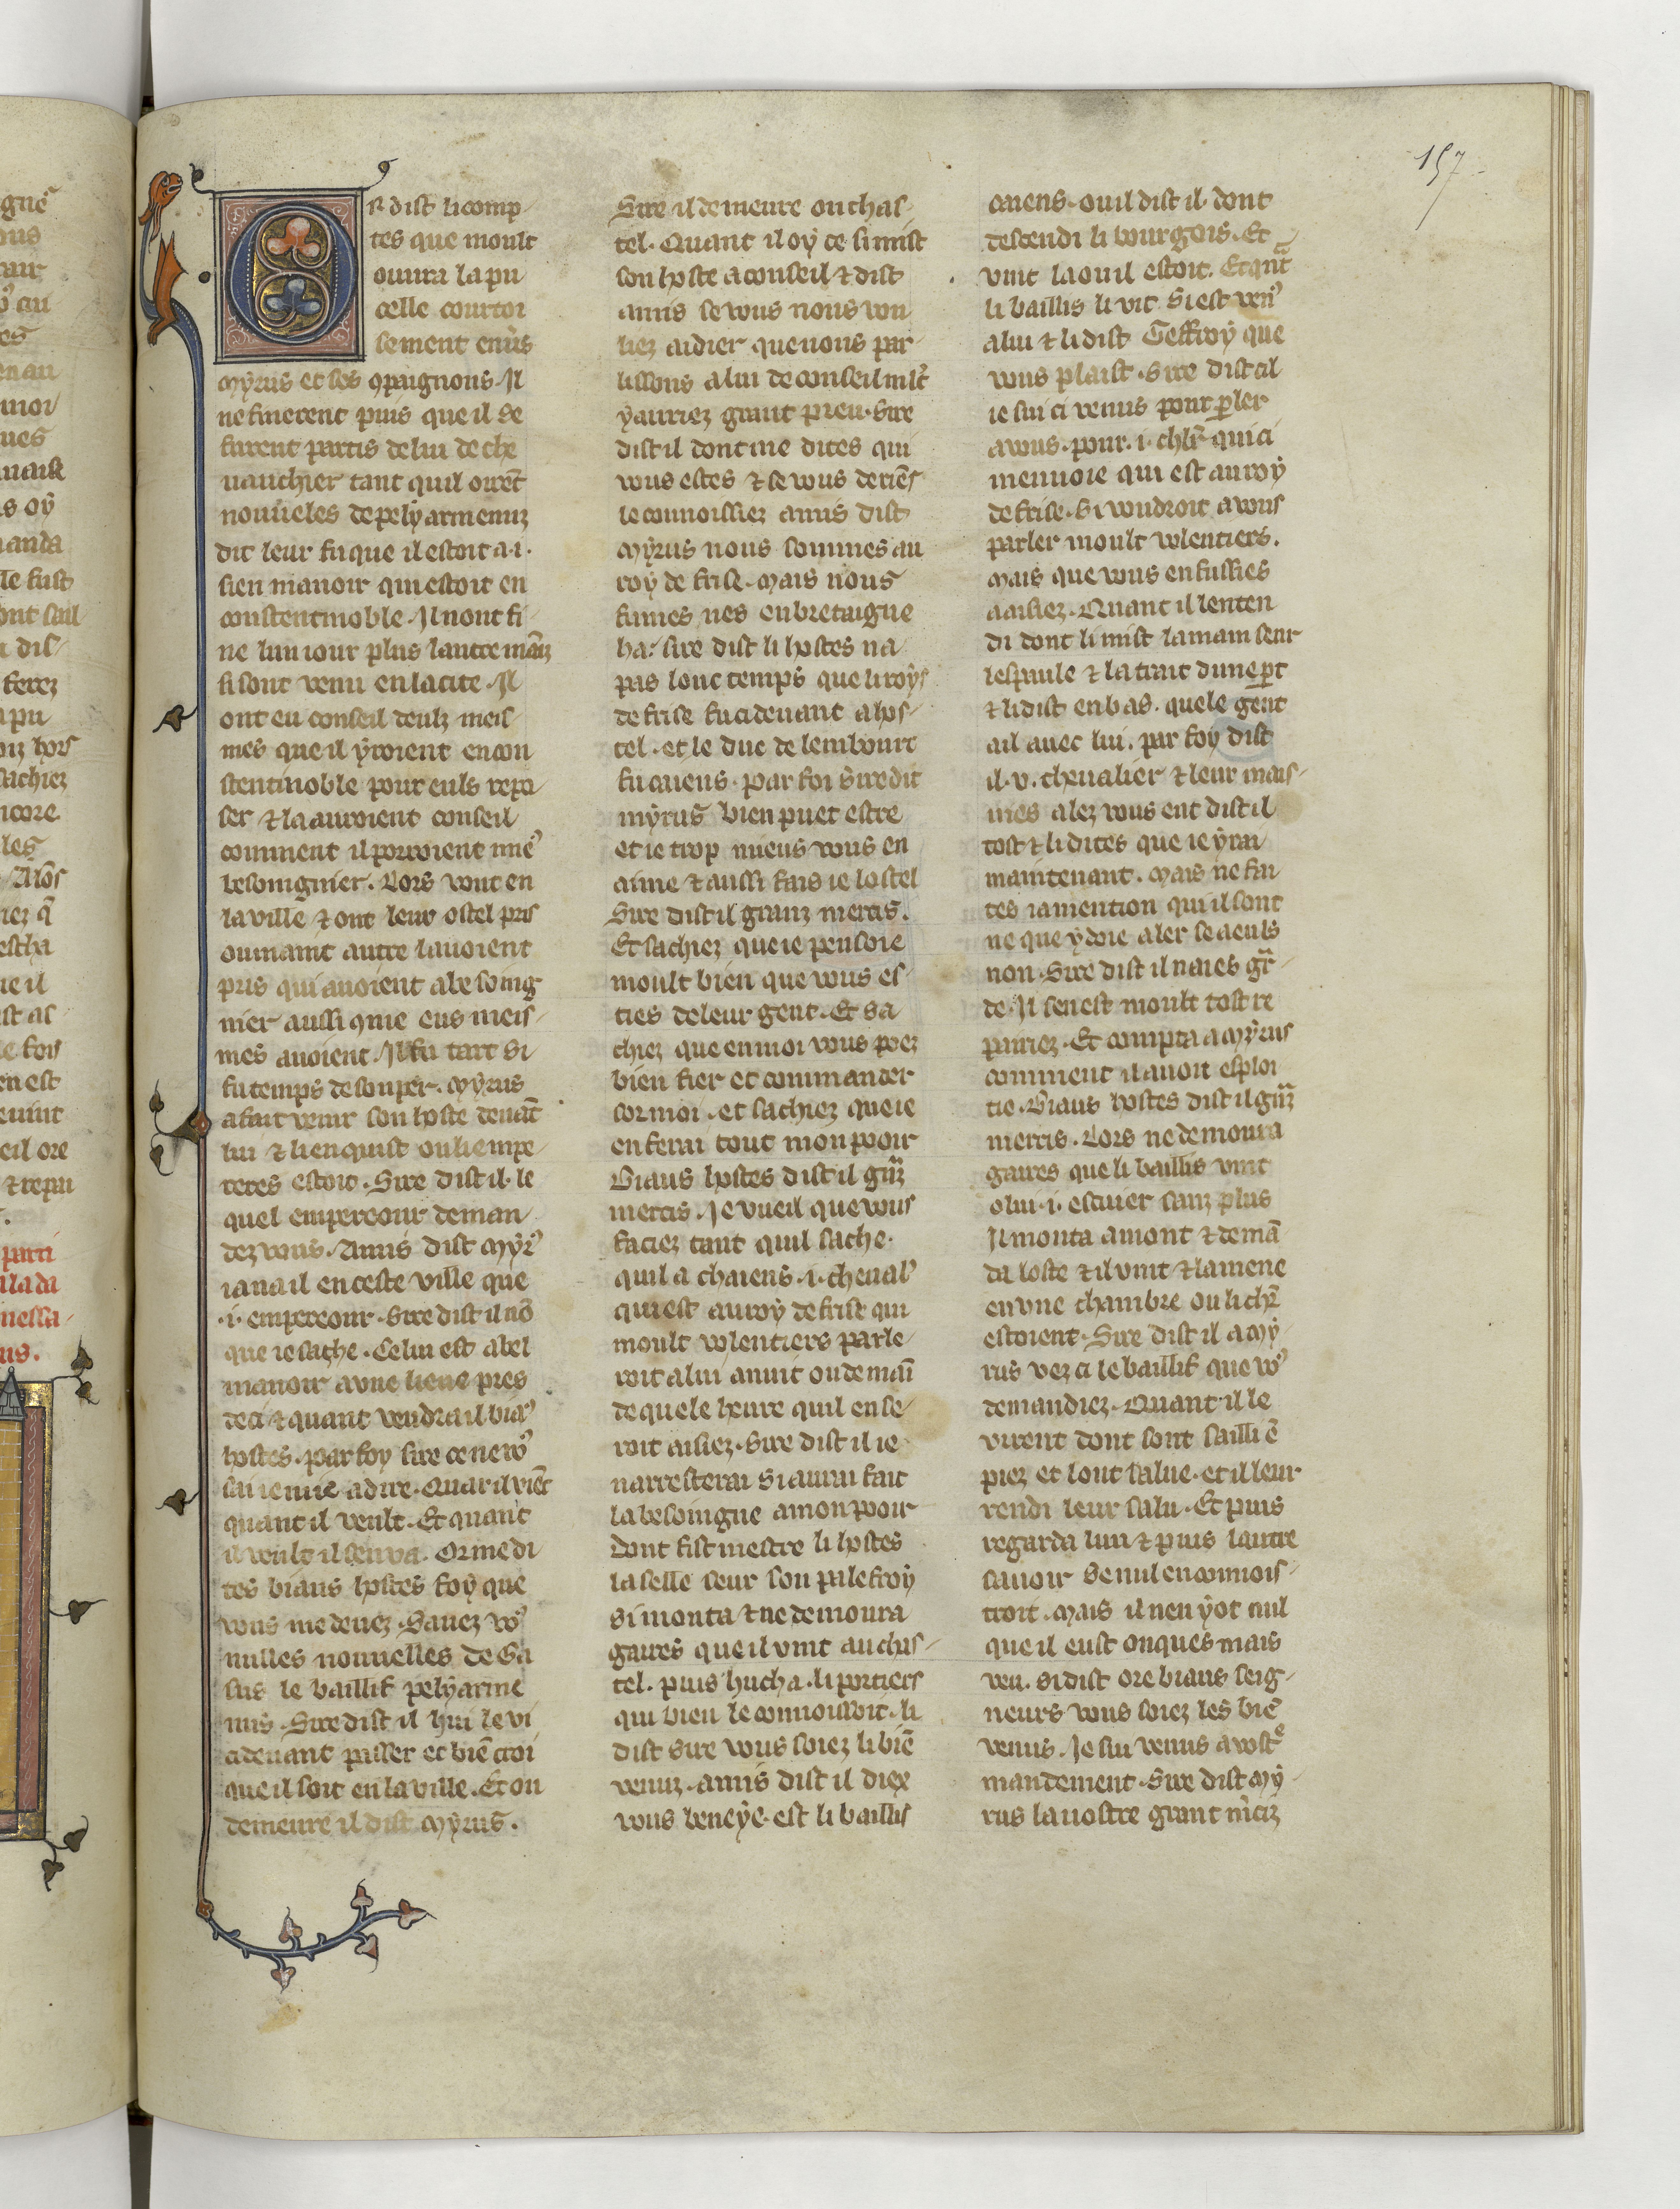
Shelfmark: Paris, BnF, fr. 22549
Century: 14